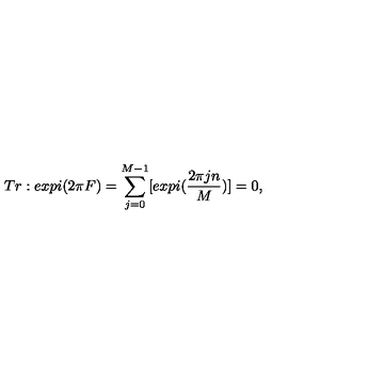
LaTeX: T r : e x p i ( 2 \pi F ) = \sum _ { j = 0 } ^ { M - 1 } [ e x p i ( { \frac { 2 \pi j n } { { M } } } ) ] = 0 , \quad